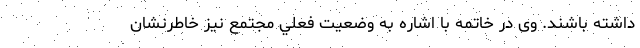
داشته باشند. وی در خاتمه با اشاره به وضعيت فعلي مجتمع نيز خاطرنشان